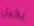
بخيل